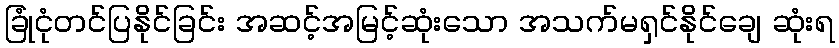
ခြုံငုံတင်ပြနိုင်ခြင်း အဆင့်အမြင့်ဆုံးသော အသက်မရှင်နိုင်ချေ ဆုံးရ